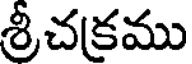
శ్రీచక్రము